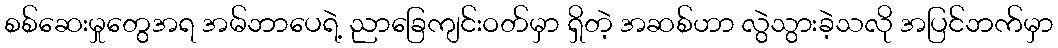
စစ်ဆေးမှုတွေအရ အမ်ဘာပေရဲ့ ညာခြေကျင်းဝတ်မှာ ရှိတဲ့ အဆစ်ဟာ လွဲသွားခဲ့သလို အပြင်ဘက်မှာ